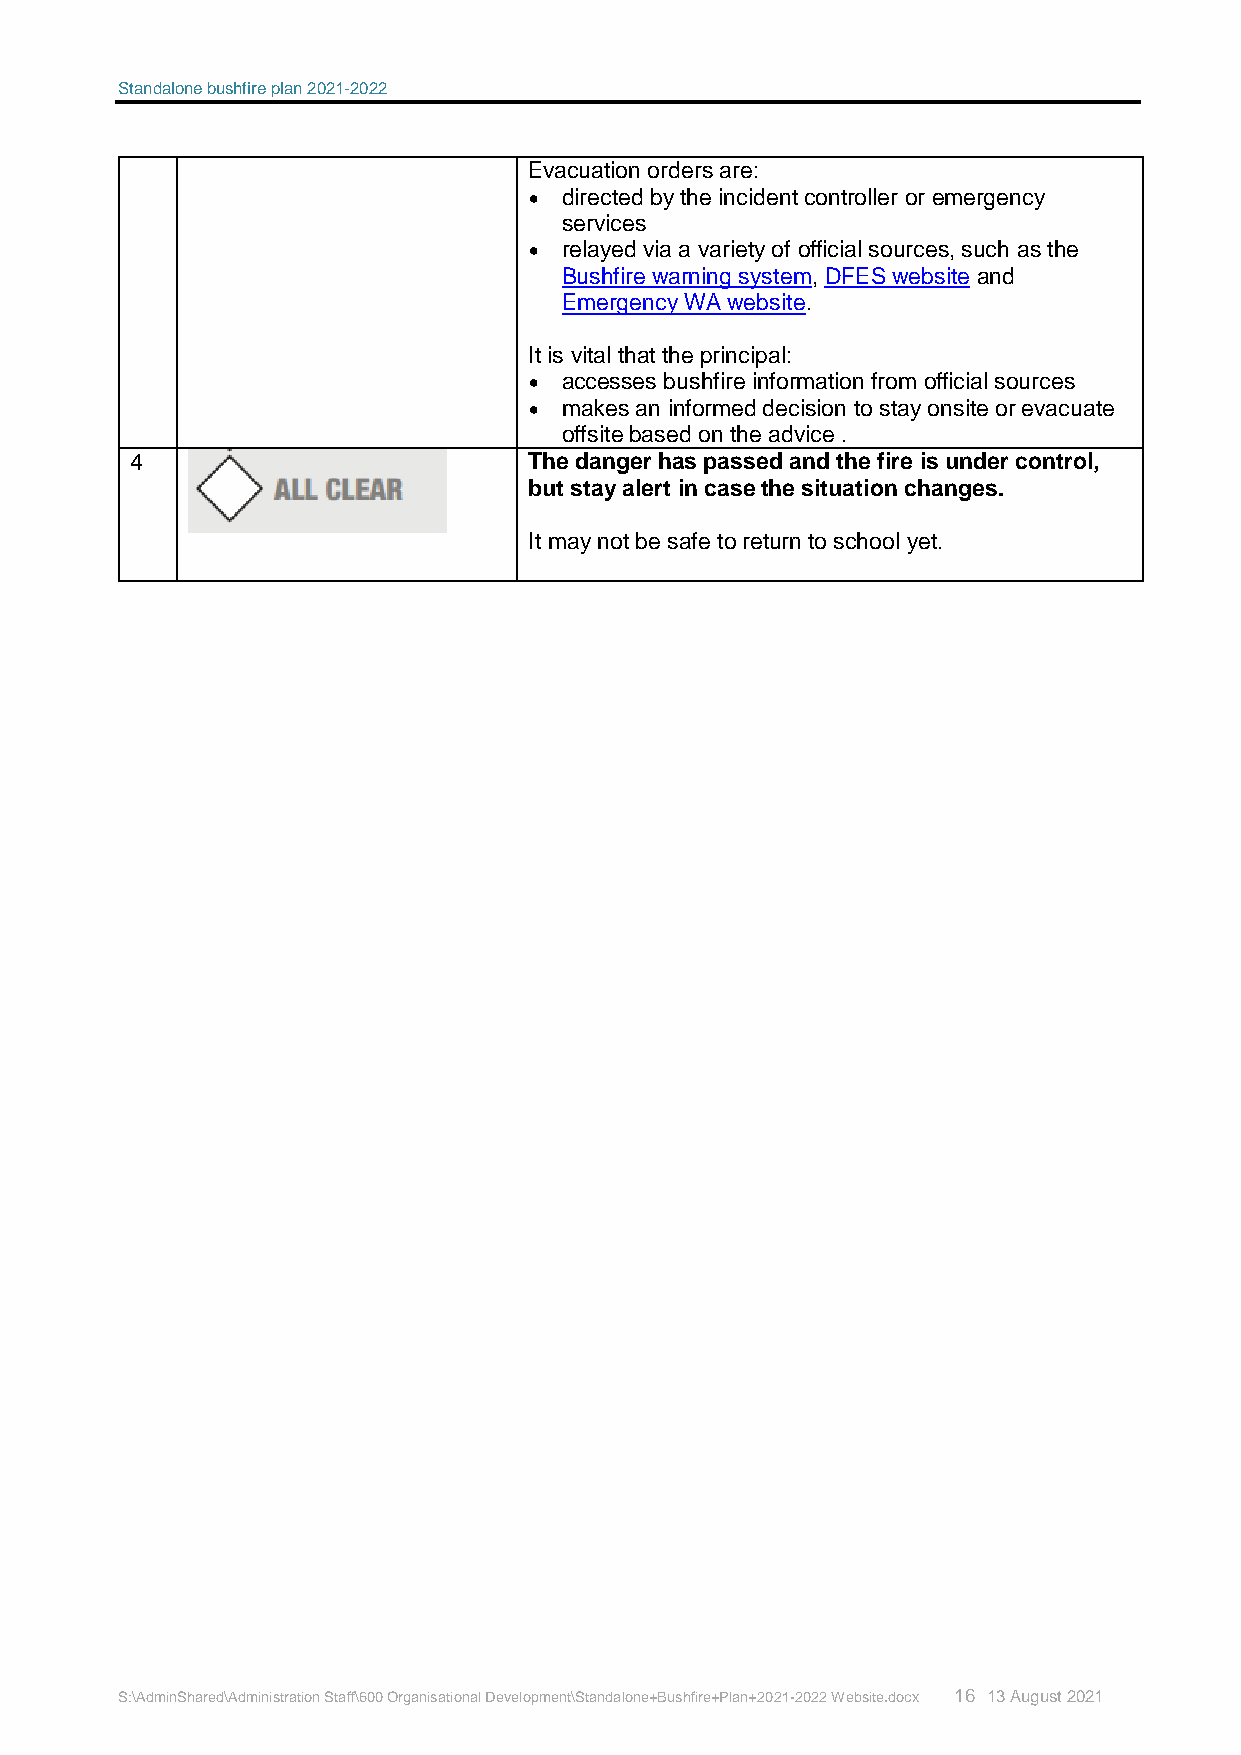
Standalone bushfire plan 2021-2022
 Evacuation orders are:
  directed by the incident controller or emergency
 services
  relayed via a variety of official sources, such as the
 Bushfire warning system, DFES website and
 Emergency WA website.
 It is vital that the principal:
  accesses bushfire information from official sources
  makes an informed decision to stay onsite or evacuate
 offsite based on the advice .
 4                         The danger has passed and the fire is under control,
 but stay alert in case the situation changes.
 It may not be safe to return to school yet.
 S:\AdminShared\Administration Staff\600 Organisational Development\Standalone+Bushfire+Plan+2021-2022 Website.docx 16 13 August 2021